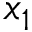
x _ { 1 }